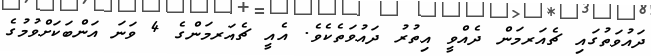
ދައުވަތުގައި ޗެއަރމަން ދެއްވީ އިތުރު ދައުވަތެކެވެ. އެއީ ޗެއަރމަންގެ 4 ވަނަ އަންބަކަށްވުމުގެ